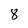
Character: 8